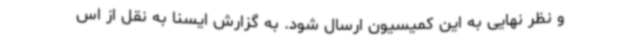
و نظر نهایی به این کمیسیون ارسال شود. به گزارش ایسنا به نقل از اس